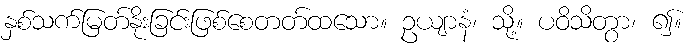
နှစ်သက်မြတ်နိုးခြင်းဖြစ်စေတတ်ထသော။ ဥယျာနံ၊ သို့။ ပဝိသိတွာ၊ ၍။